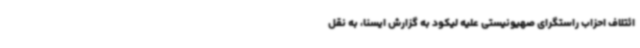
ائتلاف احزاب راستگرای صهیونیستی علیه لیکود به گزارش ایسنا، به نقل